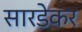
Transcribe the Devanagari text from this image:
सारडेकर